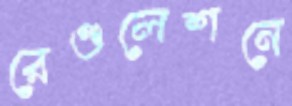
রেগুলেশনে